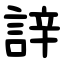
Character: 䛨